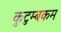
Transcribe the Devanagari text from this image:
कुटुम्‍बकम